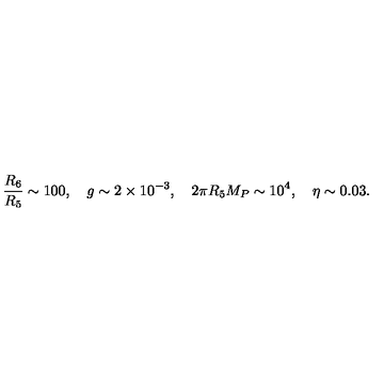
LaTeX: \frac { R _ { 6 } } { R _ { 5 } } \sim 1 0 0 , \quad g \sim 2 \times 1 0 ^ { - 3 } , \quad 2 \pi R _ { 5 } M _ { P } \sim 1 0 ^ { 4 } , \quad \eta \sim 0 . 0 3 .